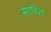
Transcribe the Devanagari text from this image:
साध्ति